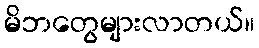
မိဘတွေများလာတယ်။